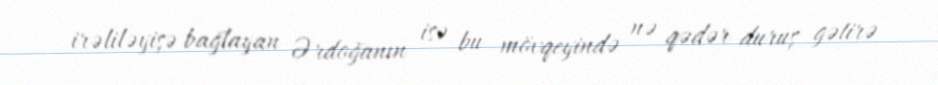
irəliləyişə bağlayan Ərdoğanın isə bu mövqeyində nə qədər duruş gətirə